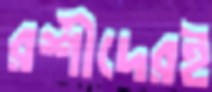
রশীদেরই